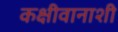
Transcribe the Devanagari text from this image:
कक्षीवानाशी